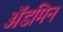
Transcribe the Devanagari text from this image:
ॲडमिन